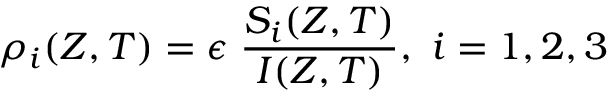
\rho _ { i } ( Z , T ) = \epsilon \; \frac { S _ { i } ( Z , T ) } { I ( Z , T ) } , \ i = 1 , 2 , 3